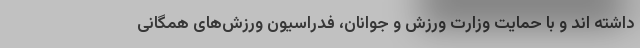
داشته اند و با حمایت وزارت ورزش و جوانان، فدراسیون ورزش‌های همگانی